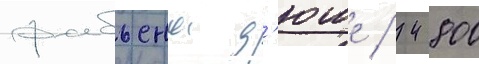
фабьена д'юше / 42800